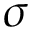
\sigma